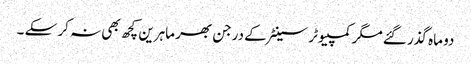
دو ماہ گذر گئے مگر کمپیوٹر سینٹر کے درجن بھر ماہرین کچھ بھی نہ کر سکے ۔